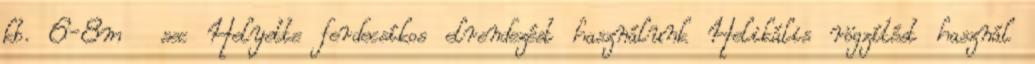
kb. 6-8m sec Helyette ferdecsíkos elrendezést használunk Helikális rögzítést használ